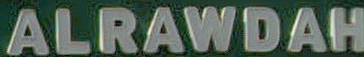
ALRAWDAH